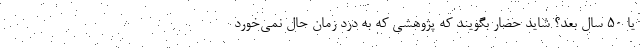
یا 50 سال بعد؟ شاید حضار بگویند که پژوهشی که به درد زمان حال نمی‌خورد